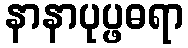
နာနာပုပ္ဖဓရာ